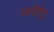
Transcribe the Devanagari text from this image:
सरदेईपुर